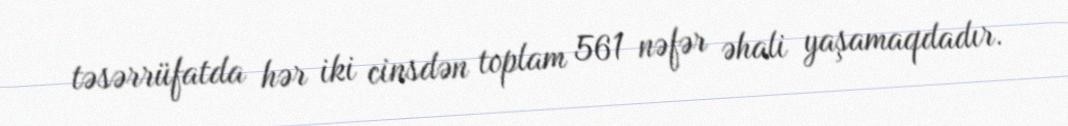
təsərrüfatda hər iki cinsdən toplam 561 nəfər əhali yaşamaqdadır.